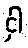
ငှါ